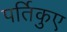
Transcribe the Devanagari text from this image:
पर्तिकुए